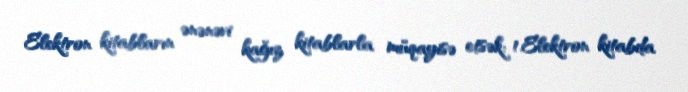
Elektron kitabların ənənəvi kağız kitablarla müqayisə etsək: 1.Elektron kitabda